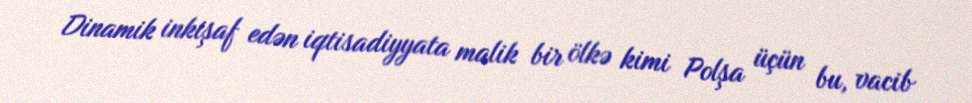
Dinamik inkişaf edən iqtisadiyyata malik bir ölkə kimi Polşa üçün bu, vacib